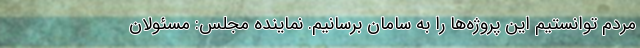
مردم توانستیم این پروژه‌ها را به سامان برسانیم. نماینده مجلس: مسئولان